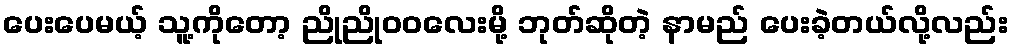
ပေးပေမယ့် သူ့ကိုတော့ ညိုညိုဝဝလေးမို့ ဘုတ်ဆိုတဲ့ နာမည် ပေးခဲ့တယ်လို့လည်း